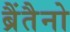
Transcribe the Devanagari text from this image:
ब्रैंतैनो